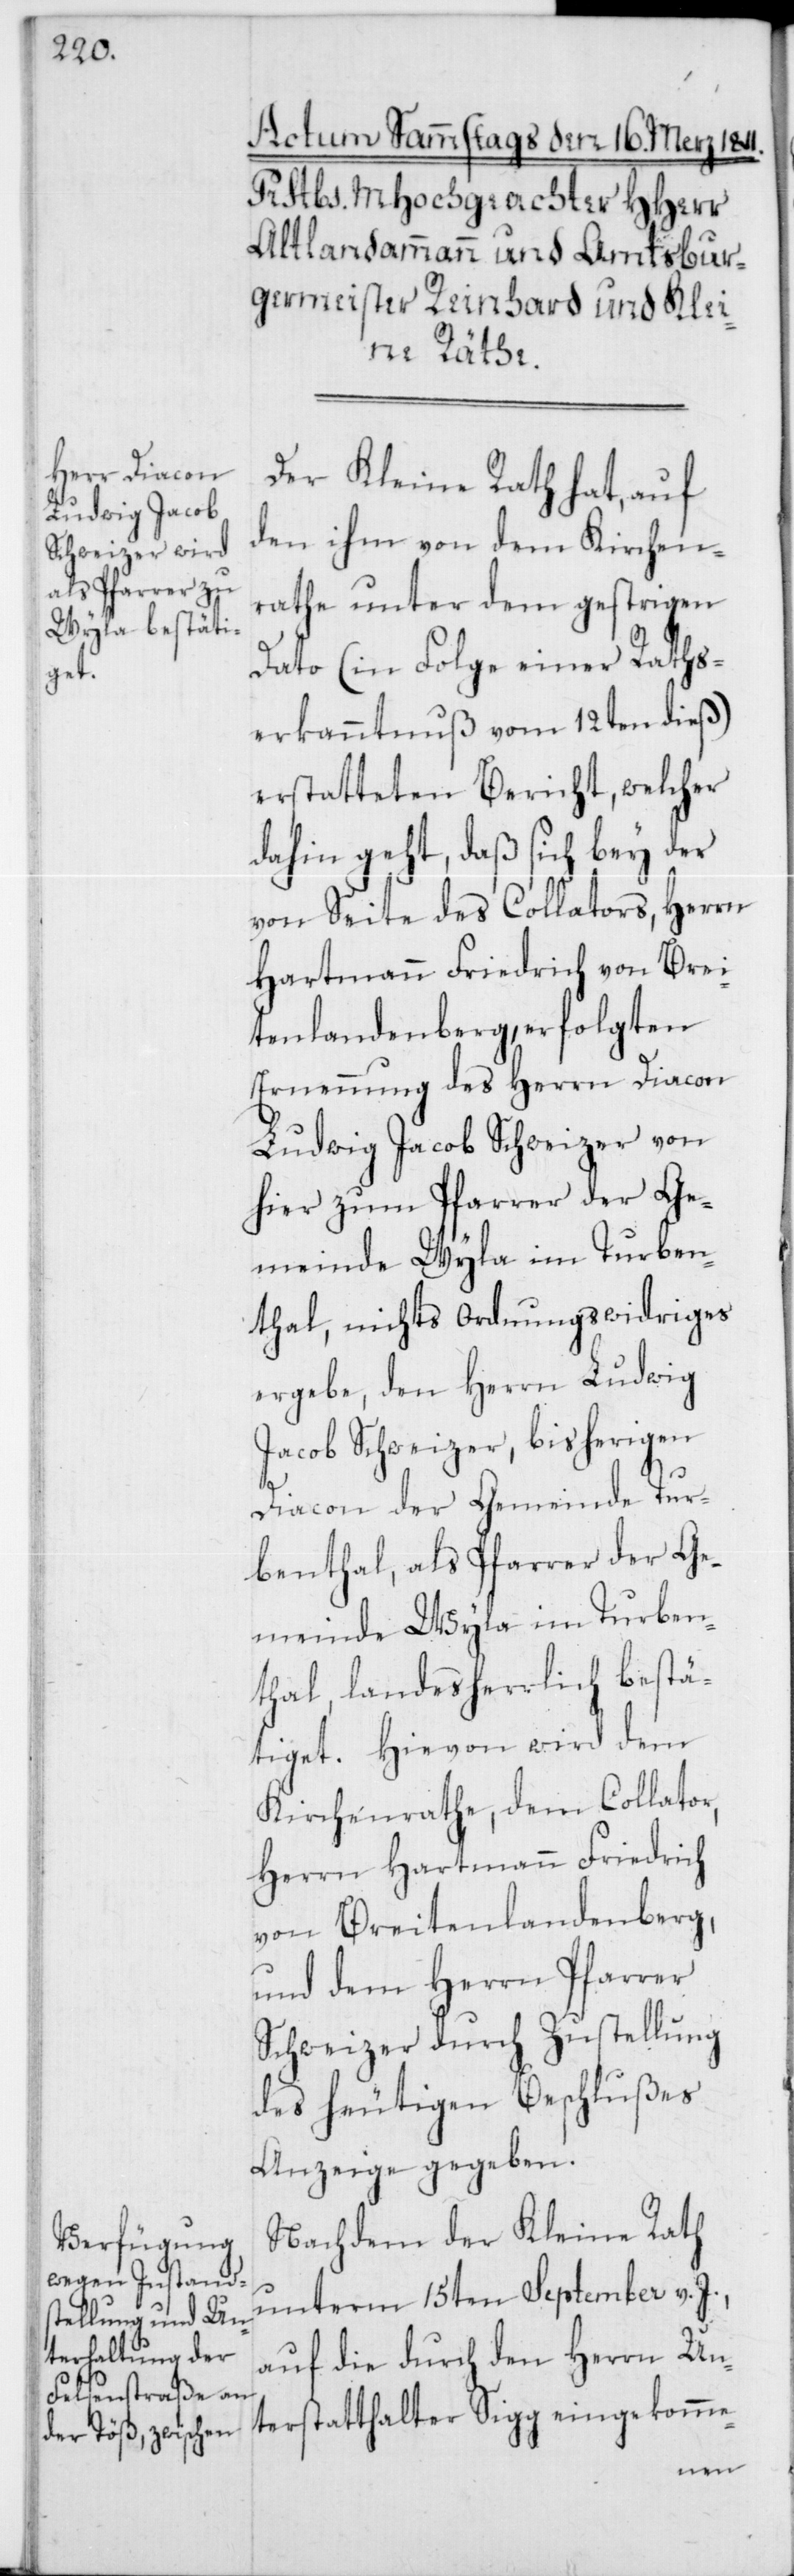
Der Kleine Rath hat, auf
den ihm von dem Kirchen¬
rathe unter dem gestrigen
Dato (in Folge einer Raths¬
erkanntnuß vom 12ten dieß)
erstatteten Bericht, welcher
dahin geht, daß sich bey der
von Seite des Collators, Herrn
Hartmann Friedrich von Brei¬
tenlandenberg, erfolgten
Ernennung des Herrn Diacon
Ludwig Jacob Schweizer von
hier zum Pfarrer der Ge¬
meinde Wyla im Turben¬
thal, nichts ordnungswidriges
ergebe, den Herrn Ludwig
Jacob Schweizer, bisherigen
Diacon der Gemeinde Tur¬
benthal, als Pfarrer der Ge¬
meinde Wyla im Turben¬
thal, landesherrlich bestät¬
iget. Hievon wird dem
Kirchenrathe, dem Collator
Herrn Hartmann Friedrich
von Breitenlandenberg,
und dem Herrn Pfarrer
Schweizer durch Zustellung
des heutigen Beschlußes
Anzeige gegeben.
Nachdem der Kleine Rath
unterm 15ten September v.
auf die durch den Herrn Un¬
terstatthalter Sigg eingekomme-